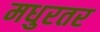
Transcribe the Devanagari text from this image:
मधुरतर